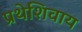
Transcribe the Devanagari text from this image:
प्रथेशिवाय